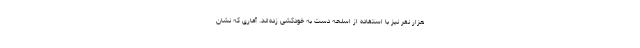
هزار نفر نیز با استفاده از اسلحه دست به خودکشی زده‌اند. آماری که نشان